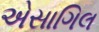
એસાગિલ